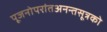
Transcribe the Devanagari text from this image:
पूजनोपरांतअनन्तसूत्रको